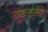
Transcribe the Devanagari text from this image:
उडताहेत